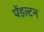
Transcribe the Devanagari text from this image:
पेंडल्टन